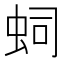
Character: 𧉠